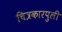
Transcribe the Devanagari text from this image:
चित्रकारपुली